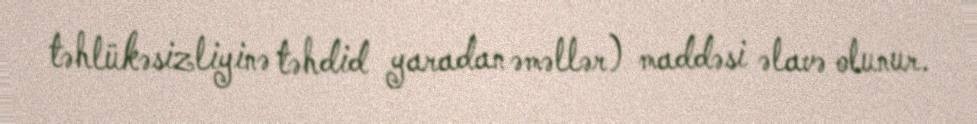
təhlükəsizliyinə təhdid yaradan əməllər) maddəsi əlavə olunur.